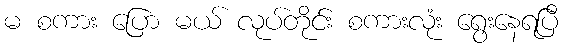
မ စကား ပြော မယ် လုပ်တိုင်း စကားလုံး ရွေးနေရပြီ